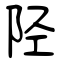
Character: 陉